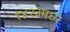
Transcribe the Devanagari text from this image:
१४२३मध्ये